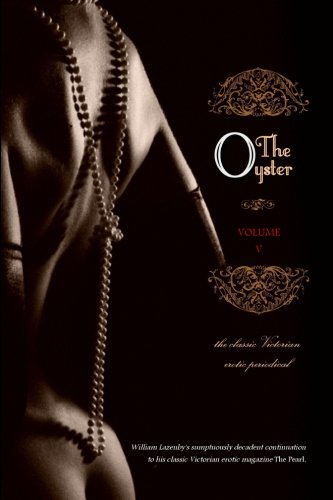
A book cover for The Oyster: Volume 5; Anonymous; Romance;